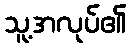
သူ့အလုပ်၏